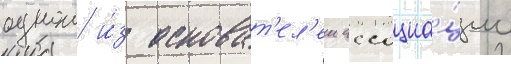
однои и́з основат'ел'еи ассоциа́ции